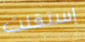
إستقلت